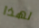
لهذا